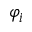
\varphi _ { i }